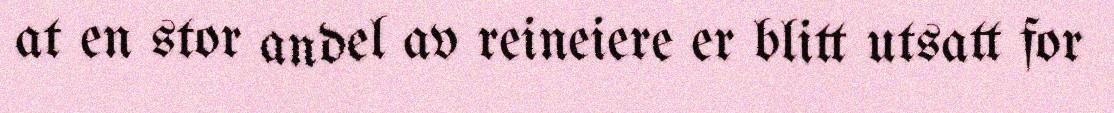
at en stor andel av reineiere er blitt utsatt for